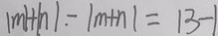
\vert m \vert + \vert n \vert - \vert m + n \vert = 1 3 - 1